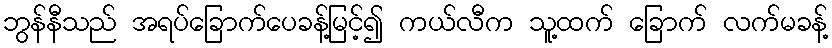
ဘွန်နီသည် အရပ်ခြောက်ပေခန့်မြင့်၍ ကယ်လီက သူ့ထက် ခြောက် လက်မခန့်